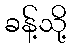
ခန့်သို့